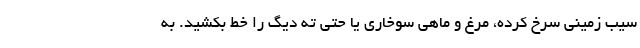
سیب زمینی سرخ کرده، مرغ و ماهی سوخاری یا حتی ته دیگ را خط بکشید. به